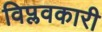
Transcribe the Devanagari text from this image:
विप्लवकारी